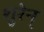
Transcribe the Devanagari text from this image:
शुरेन्